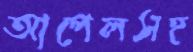
আপেলসহ